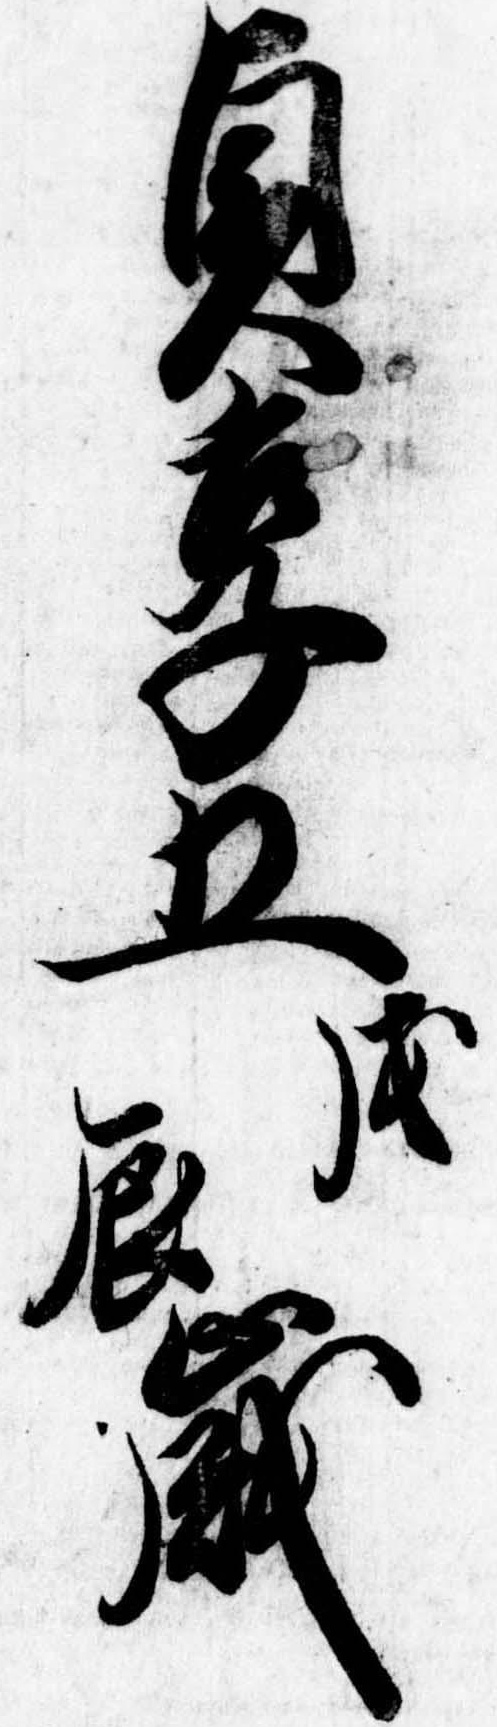
貞享五戊辰歳